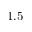
1 . 5